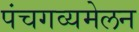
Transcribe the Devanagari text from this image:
पंचगव्यमेलन